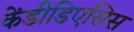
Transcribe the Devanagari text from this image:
केंडीडिएसिस